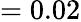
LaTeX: =0.02